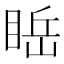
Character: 𥇸